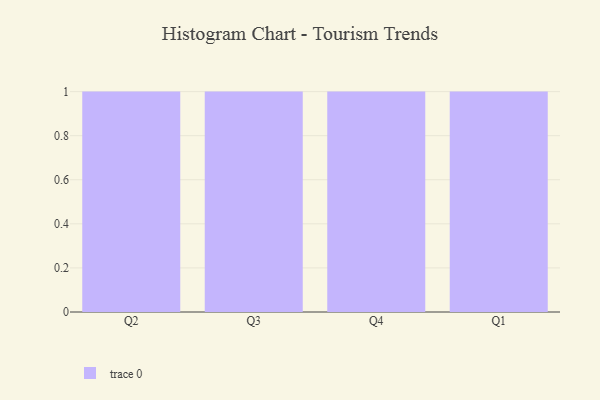
{"axis": {"x": "Quarter", "y": "Website Visitors"}, "legend": [""], "data": [{"x": "Q2", "y": 31, "type": ""}, {"x": "Q3", "y": 56, "type": ""}, {"x": "Q4", "y": 1, "type": ""}, {"x": "Q1", "y": 78, "type": ""}]}